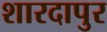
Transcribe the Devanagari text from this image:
शारदापुर